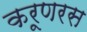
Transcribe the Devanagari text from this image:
करूणरस